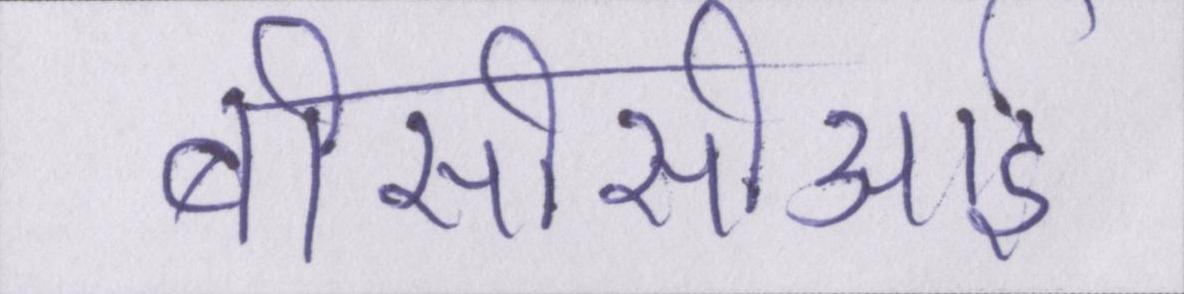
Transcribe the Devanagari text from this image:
बीसीसीआई